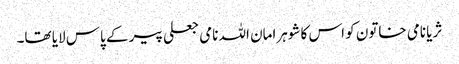
ثریا نامی خاتون کو اس کا شوہرامان اللہ نامی جعلی پیر کے پاس لایا تھا۔